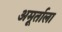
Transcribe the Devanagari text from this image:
अमूर्ताला